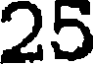
25